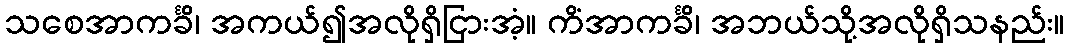
သစေအာကင်္ခိ၊ အကယ်၍အလိုရှိငြားအံ့။ ကိံအာကင်္ခိ၊ အဘယ်သို့အလိုရှိသနည်း။